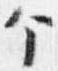
个